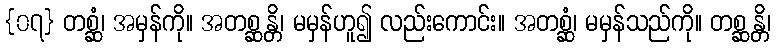
{၀၇} တစ္ဆံ၊ အမှန်ကို။ အတစ္ဆန္တိ၊ မမှန်ဟူ၍ လည်းကောင်း။ အတစ္ဆံ၊ မမှန်သည်ကို။ တစ္ဆန္တိ၊